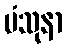
ပံသုနာ